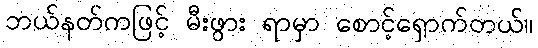
ဘယ်နတ်ကဖြင့် မီးဖွား ရာမှာ စောင့်ရှောက်တယ်။